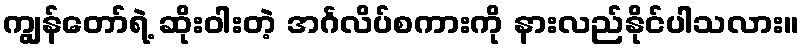
ကျွန်တော်ရဲ့ ဆိုးဝါးတဲ့ အင်္ဂလိပ်စကားကို နားလည်နိုင်ပါသလား။